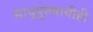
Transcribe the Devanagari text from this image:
साधुपुरुषाचीही